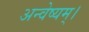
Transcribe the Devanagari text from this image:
अन्वेष्यम्।